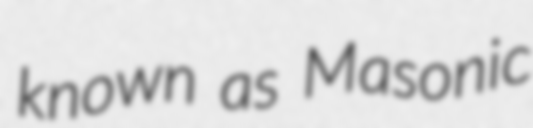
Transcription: known as Masonic